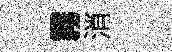
霧消